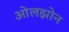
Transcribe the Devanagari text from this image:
ओलझोन